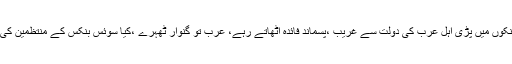
فنانشل ایکشن ٹاسک فورس کے منی لانڈرنگ کے خلاف اقدامات قابل تحسین ہیں، لیکن کیا سوئس بنکوں میں پڑی اہل عرب کی دولت سے غریب ،پسماند فائدہ اٹھاتے رہے، عرب تو گنوار ٹھہرے ،کیا سوئس بنکس کے منتظمین کی اخلاقی ذمہ داری نہیں تھی کہ وہ ان ممالک کے عوام کو اس ناجا ئز منی لانڈرگ سے آگاہ کرتے؟